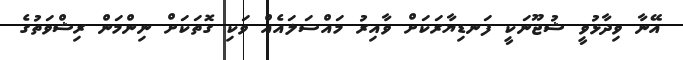
އޭނާ ވިދާޅުވީ ޝުޖޫނަކީ ފަނޑިޔާރަކަށް ވާއިރު މައްސަލައެއް ވަކި ގޮތަކަށް ނިންމަން ރިޝްވަތުގެ